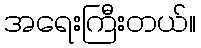
အရေးကြီးတယ်။